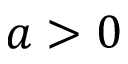
a > 0